Annual administration report of the Civil Veterinary Department of India - 1893-1894
Year: 1893
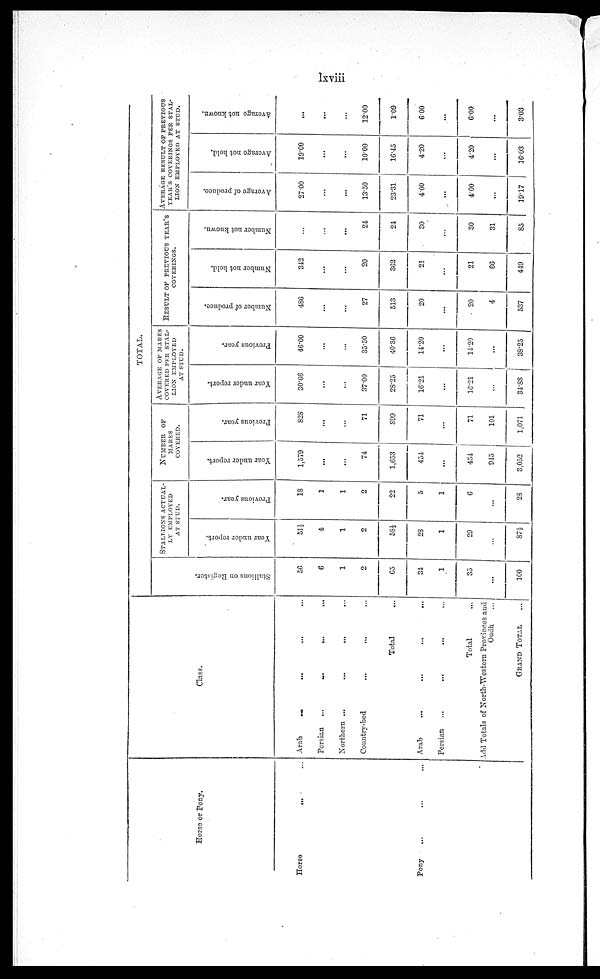
lxviii
Horse or Pony.
Horse
...
...
Pony
...
Class.
Arab
...
...
... ...
Persian
...
...
...
...
Northern ...
...
...
...
Country-bed
...
... ...
Total ...
Arab
...
...
...
...
Persian ... ... ... ...
Total ...
Add Totals of North-Western Provinces and
Oudh ...
GRAND TOTAL ...
TOTAL.
Stallions on Regi s t
er .
56
6
1
2
65
34
1
35
...
100
STALLIONS
ACTUAL-
LY EMPLOYED
AT STUD.
Year under report.
51½
4
1
2
58½
28
1
29
...
87½
Previous year.
18
1
1
2
22
5
1
6
...
28
NUMBER OF
MARES
COVERED.
Year under report.
1,579
...
...
74
1,653
454
...
454
945
3,052
Previous year.
828
...
...
71
S99
71
...
71
101
1,071
AVERAGE OF MARKS
COVERED PER STAL-
LION EMPLOYED
AT STUD.
Year under report.
30.66
...
...
37.00
28.25
16.21
...
16.21
...
34.88
Previous year.
46.00
...
...
35.50
40.86
14.20
...
14.20
...
38.25
RESULT OF PREVIOUS YEAR'S
COVERINGS.
Number of produce.
4S6
...
...
27
513
20
...
20
4
537
Number not held.
342
...
...
20
362
21
...
21
66
449
Number not known.
...
...
...
24
24
30
...
30
31
85
AVERAGE RESULT OF PREVIOUS
YEAR'S COVERINGS PER STAL-
LION EMPLOYED AT STUD.
Average
of produce.
2700
...
...
13.50
23.31
4.00
...
4.00
...
19.17
Average
not held.
19.00
...
...
10.00
16.45
4.20
...
4.20
...
16.03
Average
not known.
...
......
...
12.00
1.09
6.00
...
6.00
...
3.03